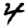
Digit: 4